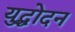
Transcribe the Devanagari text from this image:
युद्धोदन